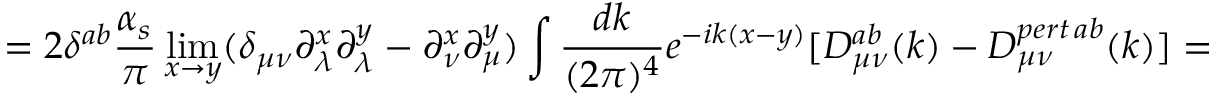
= 2 \delta ^ { a b } \frac { \alpha _ { s } } { \pi } \operatorname * { l i m } _ { x \rightarrow y } ( \delta _ { \mu \nu } \partial _ { \lambda } ^ { x } \partial _ { \lambda } ^ { y } - \partial _ { \nu } ^ { x } \partial _ { \mu } ^ { y } ) \int \frac { d k } { ( 2 \pi ) ^ { 4 } } e ^ { - i k ( x - y ) } [ D _ { \mu \nu } ^ { a b } ( k ) - D _ { \mu \nu } ^ { p e r t \, a b } ( k ) ] =